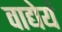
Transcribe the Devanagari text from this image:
वाद्येयं